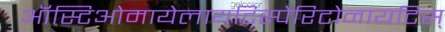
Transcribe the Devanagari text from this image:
ऑस्टिओमायेलायटिस्पेरिटोनायटिस्